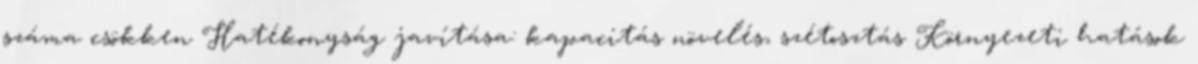
száma csökken Hatékonyság javítása: kapacitás növelés, szétosztás Környezeti hatások